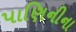
પાણિનીના